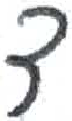
אות: צ